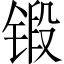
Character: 锻